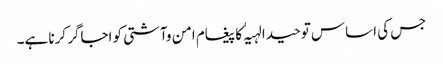
جس کی اساس توحید الہیہٰ کا پیغام امن وآشتی کو اجاگر کرنا ہے۔